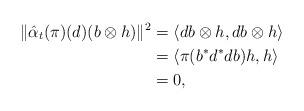
LaTeX: \begin{align*} \|\hat{\alpha}_t(\pi)(d)(b\otimes h)\|^2 &=\langle db\otimes h,db\otimes h\rangle\\ &=\langle \pi(b^*d^*db)h,h\rangle\\ &=0, \end{align*}